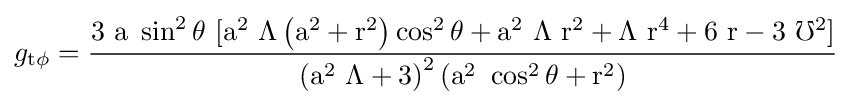
g_{\rm {t\phi }}={\rm {\frac {3\ a\ \sin ^{2}\theta \ [a^{2}\ \Lambda \left(a^{2}+r^{2}\right)\cos ^{2}\theta +a^{2}\ \Lambda \ r^{2}+\Lambda \ r^{4}+6\ r-3\ \mho ^{2}]}{\left(a^{2}\ \Lambda +3\right)^{2}\left(a^{2}\ \cos ^{2}\theta +r^{2}\right)}}}